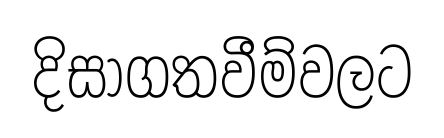
දිසාගතවීම්වලට